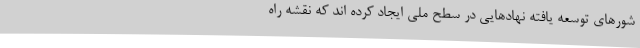
شورهای توسعه یافته نهادهایی در سطح ملی ایجاد کرده اند که نقشه راه